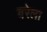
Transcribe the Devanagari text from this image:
बरेला